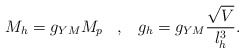
\begin{align*}M_h = g_{YM} M_p \;\;\; ,\;\;\; g_h = g_{YM}\frac{\sqrt{V}}{l_h ^3} .\end{align*}